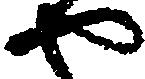
や